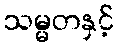
သမ္မတနှင့်